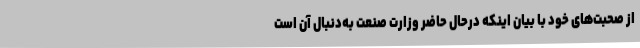
از صحبت‌های خود با بیان اینکه درحال‌ حاضر وزارت صنعت به‌دنبال آن است